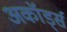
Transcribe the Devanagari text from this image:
अकॉर्ड्स